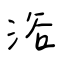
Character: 浴